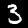
Digit: 3